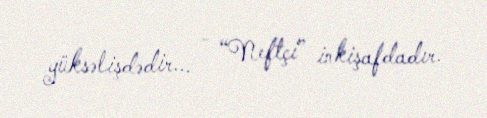
yüksəlişdədir... - “Neftçi” inkişafdadır.